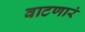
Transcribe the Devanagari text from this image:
वाटणारं